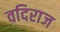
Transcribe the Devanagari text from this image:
वदिराज